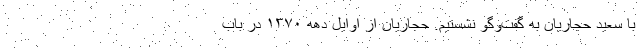
با سعید حجاریان به‌ گفت‌وگو نشستیم. حجاریان از اوایل دهه ۱۳۷۰ در باب